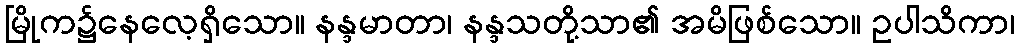
မြိုက၌နေလေ့ရှိသော။ နန္ဒမာတာ၊ နန္ဒသတို့သာ၏ အမိဖြစ်သော။ ဥပါသိကာ၊